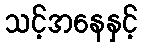
သင့်အနေနှင့်